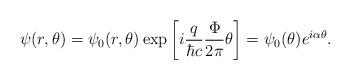
LaTeX: \begin{align*}\psi(r,\theta)=\psi_0(r,\theta)\exp\left[i{q\over\hbar c}{\Phi\over2\pi}\theta\right]= \psi_0(\theta)e^{i\alpha\theta}.\end{align*}